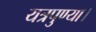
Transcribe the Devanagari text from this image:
यत्रपुण्या।